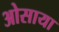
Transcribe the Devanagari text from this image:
ओसाया